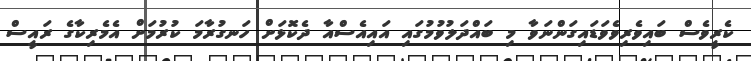
ކެރީވެސް ބައިވެރިވެވަޑައިގަންނަވާ މި ބައްދަލުވުމުގައި އައިއެސްއާ ދެކޮޅަށް ހަނގުރާމަ ކުރުމަށް އެމެރިކާގެ ރައީސް